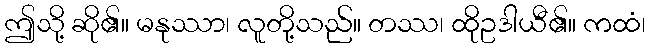
ဤသို့ ဆို၏။ မနုဿာ၊ လူတို့သည်။ တဿ၊ ထိုဥဒါယီ၏။ ကထံ၊